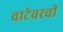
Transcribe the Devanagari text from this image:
वाटेवरची